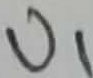
Text: U1